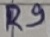
Text: R9